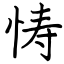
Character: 㤽